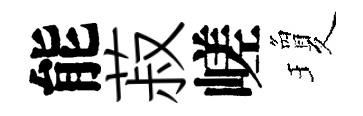
能菽嵯瓊